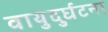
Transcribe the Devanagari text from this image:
वायुदुर्घटना